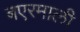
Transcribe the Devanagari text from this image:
बएरमाली